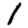
Digit: 1